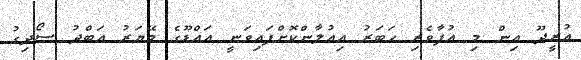
އުރީދޫ އިން މި އުފާވެރި ހަބަރު އިއުލާންކޮށްފައިވަނީ އައްޑޫގެ މޭޔަރު އަބްދު ސޯދިގު